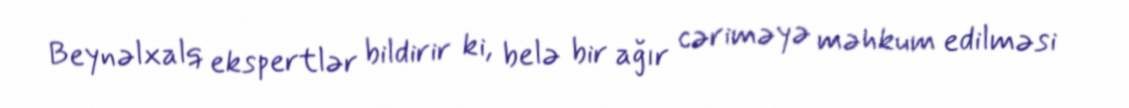
Beynəlxalq ekspertlər bildirir ki, belə bir ağır cəriməyə məhkum edilməsi